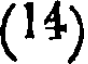
(14)